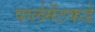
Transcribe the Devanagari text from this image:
पार्लमेंटकडे